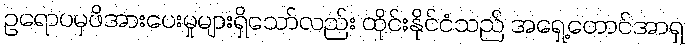
ဥရောပမှဖိအားပေးမှုများရှိသော်လည်း ထိုင်းနိုင်ငံသည် အရှေ့တောင်အာရှ